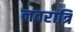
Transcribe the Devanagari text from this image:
नवरात्रि